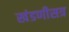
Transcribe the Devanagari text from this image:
खंडणीसत्र